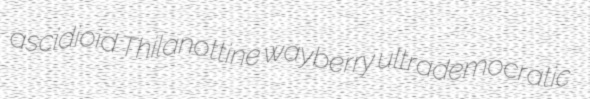
ascidioid Thilanottine wayberry ultrademocratic